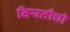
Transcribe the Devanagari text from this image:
नियतीची